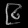
Digit: ၉